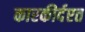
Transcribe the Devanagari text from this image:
कारकीर्दएत